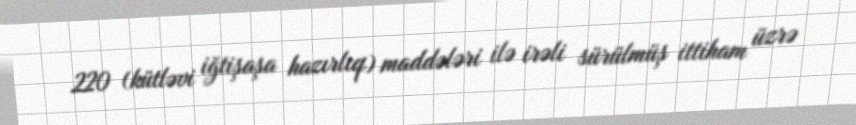
220 (kütləvi iğtişaşa hazırlıq) maddələri ilə irəli sürülmüş ittiham üzrə